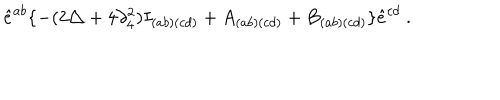
\hat { e } ^ { a b } \{ - ( 2 \triangle + 4 \partial _ { 4 } ^ { 2 } ) I _ { ( a b ) ( c d ) } + A _ { ( a b ) ( c d ) } + B _ { ( a b ) ( c d ) } \} \hat { e } ^ { c d } \ .